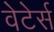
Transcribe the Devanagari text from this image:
वेटेर्स